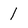
Character: l